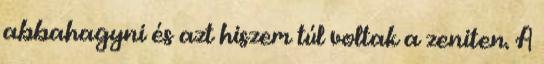
abbahagyni és azt hiszem túl voltak a zeniten. A